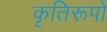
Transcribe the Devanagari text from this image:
कृतिरूपों